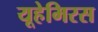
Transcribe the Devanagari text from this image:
यूहेमिरस